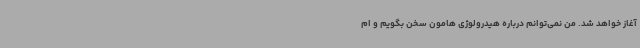
آغاز خواهد شد. من نمی‌توانم درباره هیدرولوژی هامون سخن بگویم و ام